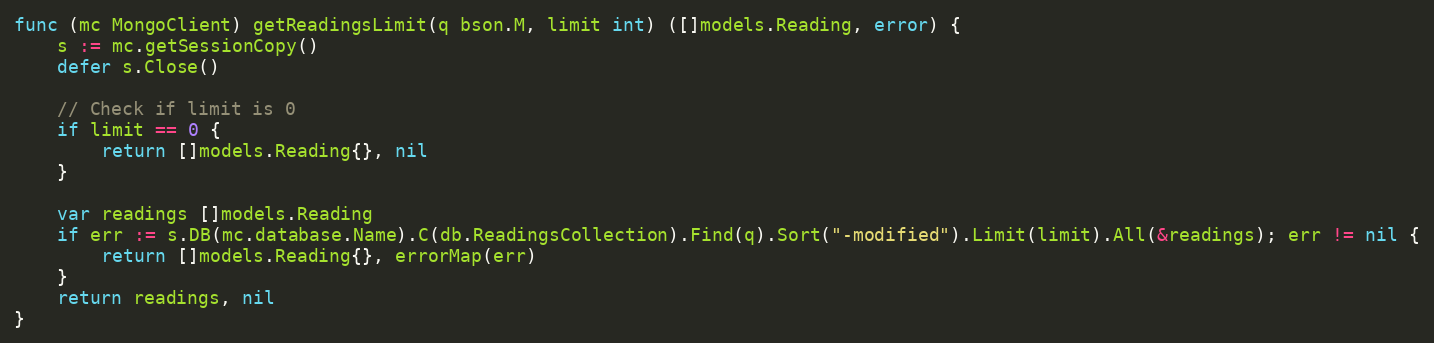
Language: Go
func (mc MongoClient) getReadingsLimit(q bson.M, limit int) ([]models.Reading, error) {
	s := mc.getSessionCopy()
	defer s.Close()

	// Check if limit is 0
	if limit == 0 {
		return []models.Reading{}, nil
	}

	var readings []models.Reading
	if err := s.DB(mc.database.Name).C(db.ReadingsCollection).Find(q).Sort("-modified").Limit(limit).All(&readings); err != nil {
		return []models.Reading{}, errorMap(err)
	}
	return readings, nil
}